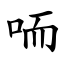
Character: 㖇